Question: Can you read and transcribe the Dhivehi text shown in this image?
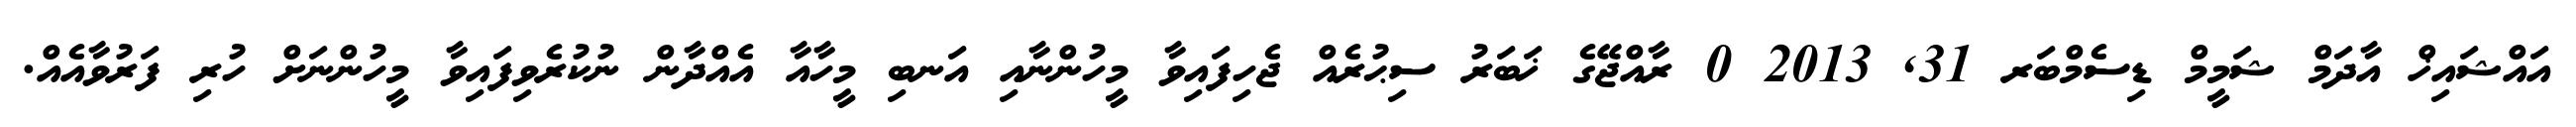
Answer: އައްޝައިޚް އާދަމް ޝަމީމް ޑިސެމްބަރ 31, 2013 0 ރާއްޖޭގެ ޚަބަރު ސިޙުރެއް ޖެހިފައިވާ މީހުންނާއި އަނބި މީހާއާ އެއްދާން ނުކުރެވިފައިވާ މީހުންނަށް ހުރި ފަރުވާއެއް.